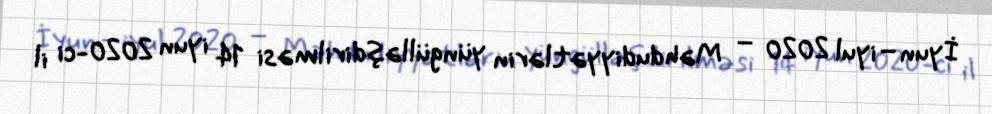
İyun–iyul 2020 – Məhdudiyyətlərin yüngülləşdirilməsi 14 iyun 2020-ci il